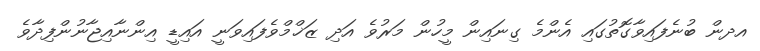
އދން ބުނެފައިވާގޮތުގައި އެންމެ ގިނައިން މީހުން މަރުވެ އަދި ޒަޚްމްވެފައިވަނީ އައިޑީ އިންނާއިޖާނުންފިދާވެ